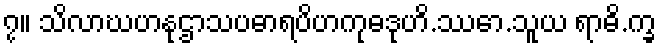
၇။ သိလာဃဟနုဌာသပဓာရပိဟကုဓဒုဟိ.ဿော.သူယ ရာဓိ.က္ခ